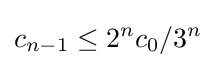
c_{n-1}\leq 2^{n}c_{0}/3^{n}